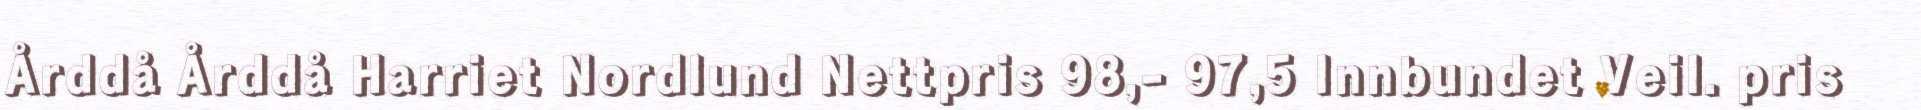
Årddå Årddå Harriet Nordlund Nettpris 98,- 97,5 Innbundet Veil. pris